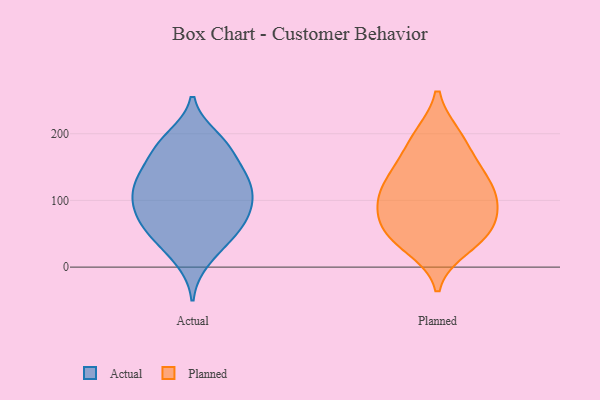
{"axis": {"x": "Shipments", "y": "Value"}, "legend": ["Actual", "Planned"], "data": [{"x": "", "y": 123, "type": "Actual"}, {"x": "", "y": 10, "type": "Actual"}, {"x": "", "y": 121, "type": "Actual"}, {"x": "", "y": 47, "type": "Actual"}, {"x": "", "y": 186, "type": "Actual"}, {"x": "", "y": 78, "type": "Actual"}, {"x": "", "y": 73, "type": "Actual"}, {"x": "", "y": 141, "type": "Actual"}, {"x": "", "y": 40, "type": "Actual"}, {"x": "", "y": 180, "type": "Actual"}, {"x": "", "y": 166, "type": "Actual"}, {"x": "", "y": 87, "type": "Actual"}, {"x": "", "y": 99, "type": "Actual"}, {"x": "", "y": 51, "type": "Actual"}, {"x": "", "y": 195, "type": "Actual"}, {"x": "", "y": 134, "type": "Actual"}, {"x": "", "y": 91, "type": "Actual"}, {"x": "", "y": 128, "type": "Actual"}, {"x": "", "y": 97, "type": "Planned"}, {"x": "", "y": 197, "type": "Planned"}, {"x": "", "y": 127, "type": "Planned"}, {"x": "", "y": 50, "type": "Planned"}, {"x": "", "y": 47, "type": "Planned"}, {"x": "", "y": 46, "type": "Planned"}, {"x": "", "y": 158, "type": "Planned"}, {"x": "", "y": 118, "type": "Planned"}, {"x": "", "y": 197, "type": "Planned"}, {"x": "", "y": 30, "type": "Planned"}, {"x": "", "y": 152, "type": "Planned"}, {"x": "", "y": 94, "type": "Planned"}, {"x": "", "y": 119, "type": "Planned"}, {"x": "", "y": 84, "type": "Planned"}, {"x": "", "y": 68, "type": "Planned"}]}